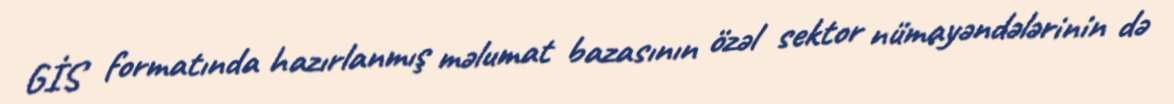
GİS formatında hazırlanmış məlumat bazasının özəl sektor nümayəndələrinin də